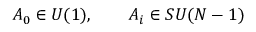
A _ { 0 } \in U ( 1 ) , \qquad A _ { i } \in S U ( N - 1 )